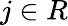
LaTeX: j\in R